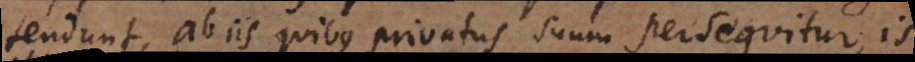
tendunt, ab iis quibus privatus suum persequitur, is